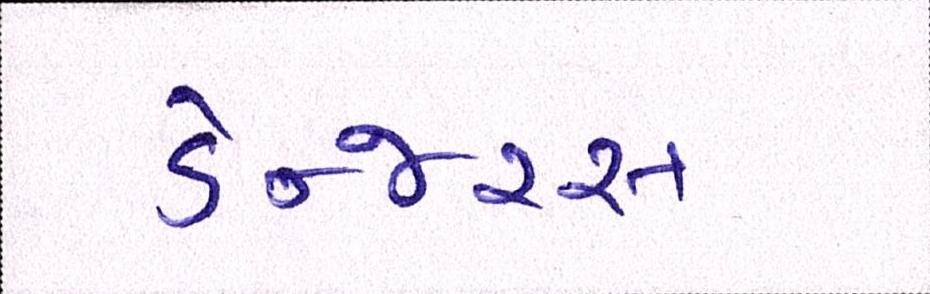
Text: ડેન્જરસ